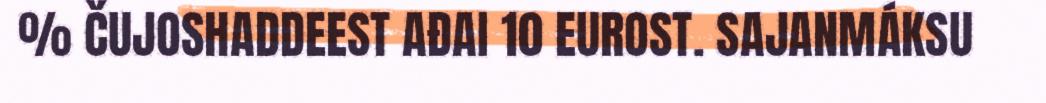
% ČUJOSHADDEEST AĐAI 10 EUROST. SAJANMÁKSU